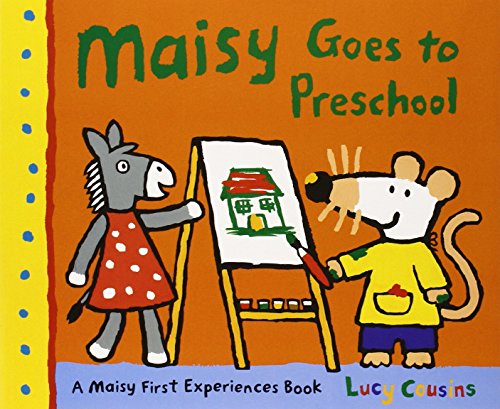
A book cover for Maisy Goes to Preschool: A Maisy First Experiences Book; Lucy Cousins; Children's Books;